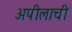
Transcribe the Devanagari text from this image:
अपीलाची